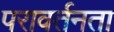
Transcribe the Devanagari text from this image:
परावर्तनता